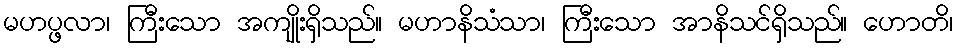
မဟပ္ဖလာ၊ ကြီးသော အကျိုးရှိသည်။ မဟာနိသံသာ၊ ကြီးသော အာနိသင်ရှိသည်။ ဟောတိ၊